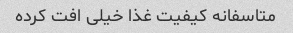
متاسفانه کیفیت غذا خیلی افت کرده